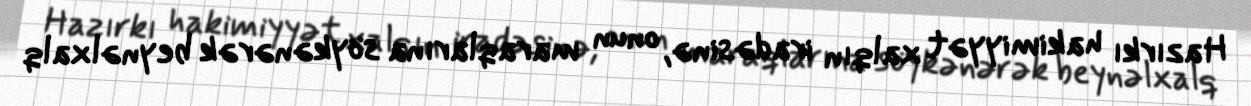
Hazırkı hakimiyyət xalqın iradəsinə, onun maraqlarına söykənərək beynəlxalq